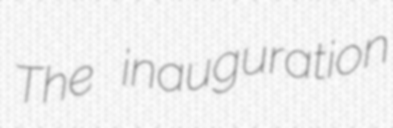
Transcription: The inauguration